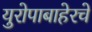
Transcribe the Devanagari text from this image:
युरोपाबाहेरचे